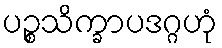
ပဉ္စသိက္ခာပဒဂ္ဂဟုံ